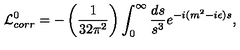
{ \cal L } _ { c o r r } ^ { 0 } = - \left( { \frac { 1 } { 3 2 \pi ^ { 2 } } } \right) \int _ { 0 } ^ { \infty } { \frac { d s } { s ^ { 3 } } } e ^ { - i ( m ^ { 2 } - i \epsilon ) s } ,